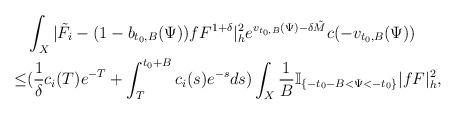
LaTeX: \begin{align*} & \int_{X}|\tilde{F}_i-(1-b_{t_0,B}(\Psi))fF^{1+\delta}|^2_he^{v_{t_0,B}(\Psi)-\delta \tilde{M}}c(-v_{t_0,B}(\Psi)) \\ \le & (\frac{1}{\delta}c_i(T)e^{-T}+\int_{T}^{t_0+B}c_i(s)e^{-s}ds) \int_{X}\frac{1}{B}\mathbb{I}_{\{-t_0-B<\Psi<-t_0\}}|fF|^2_h, \end{align*}